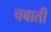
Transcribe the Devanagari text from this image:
चबाती